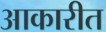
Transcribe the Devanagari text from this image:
आकारीत